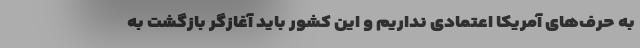
به حرف‌های آمریکا اعتمادی نداریم و این کشور باید آغازگر بازگشت به